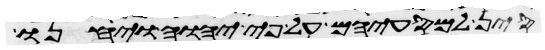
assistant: סין למסעיהם על פי יהוה ויחנו